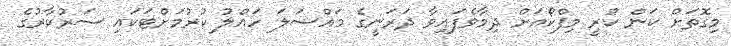
މިގޮތަށް ކަން ކުރީ މިފްކޯއަށް ދިމާވެފައިވާ ދަރަނީގެ މައްސަލަ ހައްލު ކުރުމަށްޓަކައި ސަރުކާރުގެ